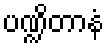
ပဏ္ဍိတာနံ